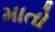
માતો